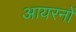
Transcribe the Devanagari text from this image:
आयरनों